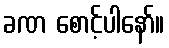
ခဏ စောင့်ပါနော်။